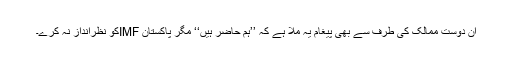
ان دوست ممالک کی طرف سے بھی پیغام یہ ملا ہے کہ ’’ہم حاضر ہیں‘‘ مگر پاکستان IMFکو نظرانداز نہ کرے۔